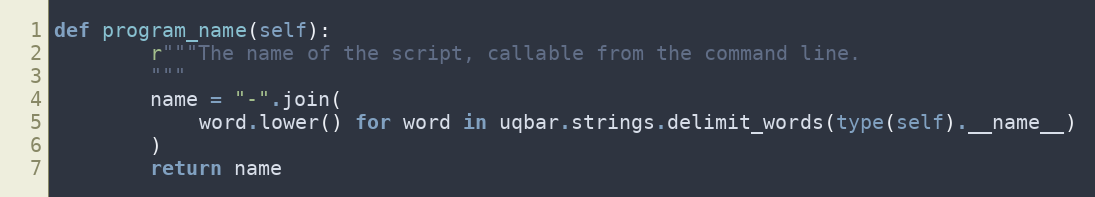
Language: Python
def program_name(self):
        r"""The name of the script, callable from the command line.
        """
        name = "-".join(
            word.lower() for word in uqbar.strings.delimit_words(type(self).__name__)
        )
        return name